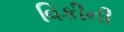
વિકીની